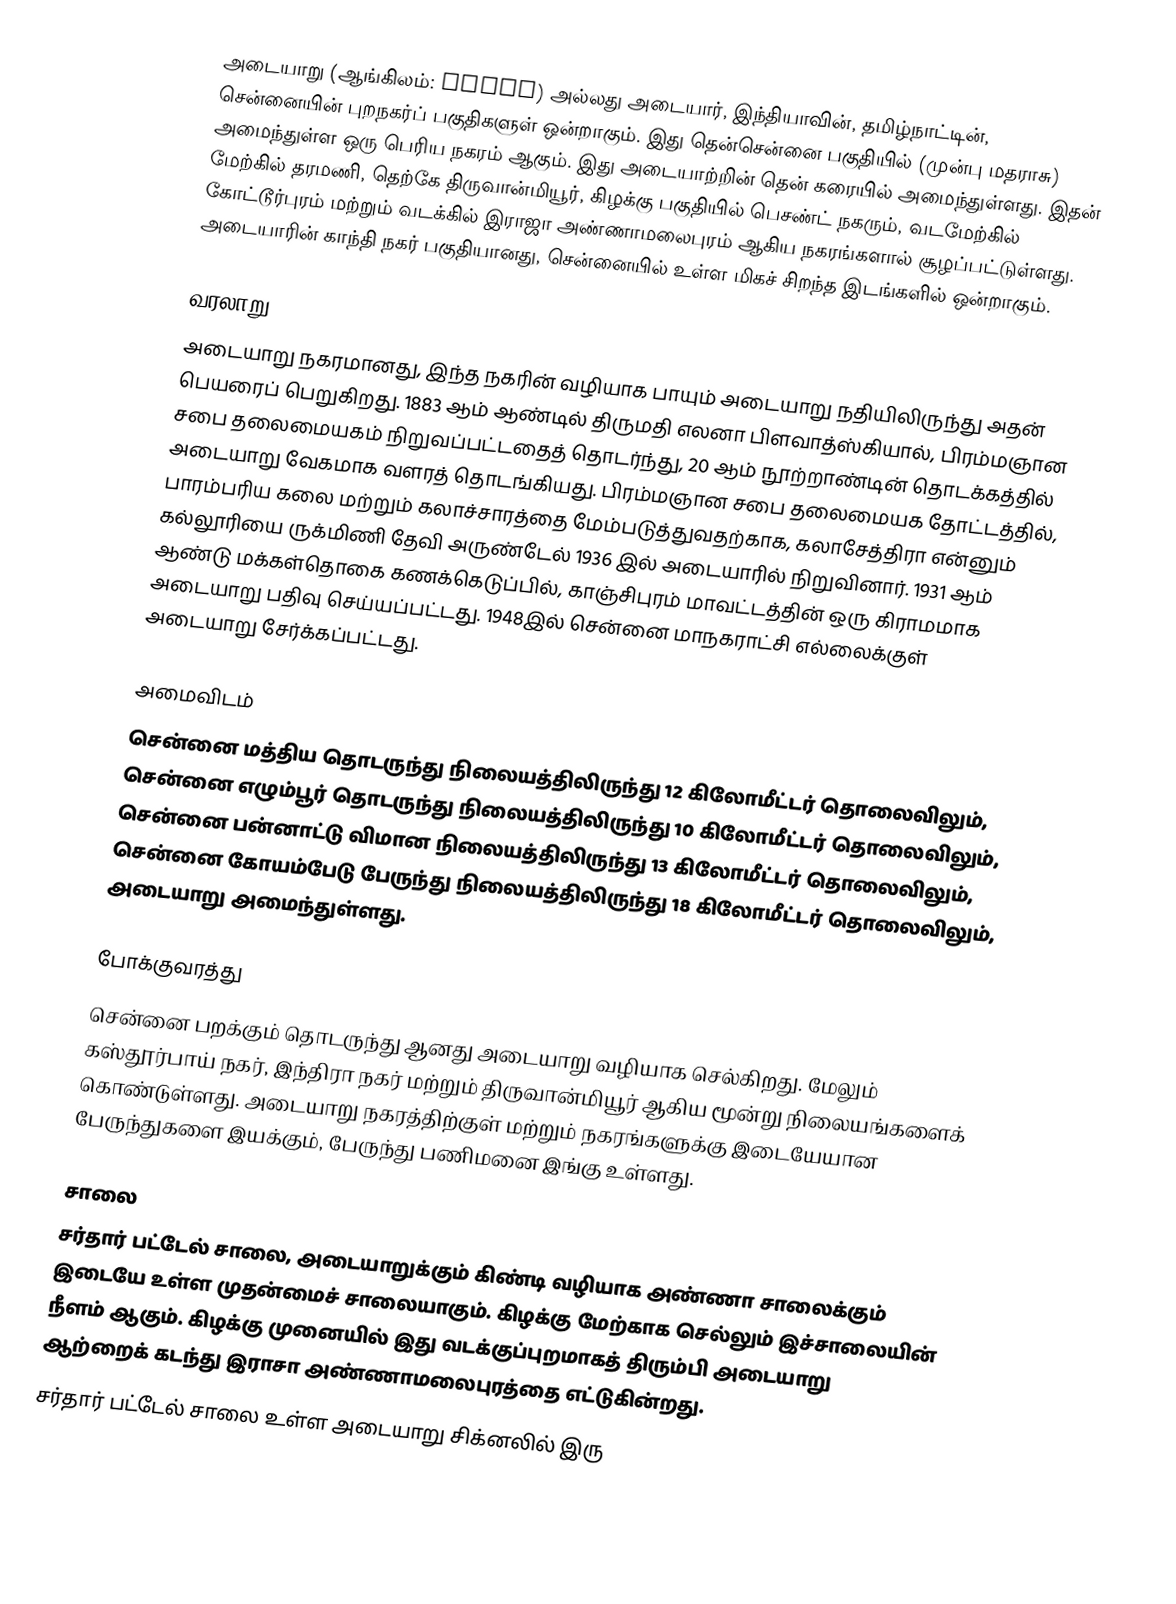
அடையாறு (ஆங்கிலம்: Adyar) அல்லது அடையார், இந்தியாவின், தமிழ்நாட்டின், சென்னையின் புறநகர்ப் பகுதிகளுள் ஒன்றாகும். இது தென்சென்னை பகுதியில் (முன்பு மதராசு) அமைந்துள்ள ஒரு பெரிய நகரம் ஆகும். இது அடையாற்றின் தென் கரையில் அமைந்துள்ளது. இதன் மேற்கில் தரமணி, தெற்கே திருவான்மியூர், கிழக்கு பகுதியில் பெசண்ட் நகரும், வடமேற்கில் கோட்டூர்புரம் மற்றும் வடக்கில் இராஜா அண்ணாமலைபுரம் ஆகிய நகரங்களால் சூழப்பட்டுள்ளது. அடையாரின் காந்தி நகர் பகுதியானது, சென்னையில் உள்ள மிகச் சிறந்த இடங்களில் ஒன்றாகும்.

வரலாறு
அடையாறு நகரமானது, இந்த நகரின் வழியாக பாயும் அடையாறு நதியிலிருந்து அதன் பெயரைப் பெறுகிறது. 1883 ஆம் ஆண்டில் திருமதி எலனா பிளவாத்ஸ்கியால், பிரம்மஞான சபை தலைமையகம் நிறுவப்பட்டதைத் தொடர்ந்து, 20 ஆம் நூற்றாண்டின் தொடக்கத்தில் அடையாறு வேகமாக வளரத் தொடங்கியது. பிரம்மஞான சபை தலைமையக தோட்டத்தில், பாரம்பரிய கலை மற்றும் கலாச்சாரத்தை மேம்படுத்துவதற்காக, கலாசேத்திரா என்னும் கல்லூரியை ருக்மிணி தேவி அருண்டேல் 1936 இல் அடையாரில் நிறுவினார். 1931 ஆம் ஆண்டு மக்கள்தொகை கணக்கெடுப்பில், காஞ்சிபுரம் மாவட்டத்தின் ஒரு கிராமமாக அடையாறு பதிவு செய்யப்பட்டது. 1948இல் சென்னை மாநகராட்சி எல்லைக்குள் அடையாறு சேர்க்கப்பட்டது.

அமைவிடம்
சென்னை மத்திய தொடருந்து நிலையத்திலிருந்து 12 கிலோமீட்டர் தொலைவிலும், சென்னை எழும்பூர் தொடருந்து நிலையத்திலிருந்து 10 கிலோமீட்டர் தொலைவிலும், சென்னை பன்னாட்டு விமான நிலையத்திலிருந்து 13 கிலோமீட்டர் தொலைவிலும், சென்னை கோயம்பேடு பேருந்து நிலையத்திலிருந்து 18 கிலோமீட்டர் தொலைவிலும், அடையாறு அமைந்துள்ளது.

போக்குவரத்து
சென்னை பறக்கும் தொடருந்து ஆனது அடையாறு வழியாக செல்கிறது. மேலும் கஸ்தூர்பாய் நகர், இந்திரா நகர் மற்றும் திருவான்மியூர் ஆகிய மூன்று நிலையங்களைக் கொண்டுள்ளது. அடையாறு நகரத்திற்குள் மற்றும் நகரங்களுக்கு இடையேயான பேருந்துகளை இயக்கும், பேருந்து பணிமனை இங்கு உள்ளது.

சாலை
 சர்தார் பட்டேல் சாலை, அடையாறுக்கும் கிண்டி வழியாக அண்ணா சாலைக்கும் இடையே உள்ள முதன்மைச் சாலையாகும். கிழக்கு மேற்காக செல்லும் இச்சாலையின் நீளம்  ஆகும். கிழக்கு முனையில் இது வடக்குப்புறமாகத் திரும்பி அடையாறு ஆற்றைக் கடந்து இராசா அண்ணாமலைபுரத்தை எட்டுகின்றது.
 சர்தார் பட்டேல் சாலை உள்ள அடையாறு சிக்னலில் இரு